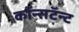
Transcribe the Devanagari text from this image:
कॉन्सटॅन्ट